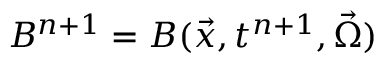
B ^ { n + 1 } = B ( \vec { x } , t ^ { n + 1 } , \vec { \Omega } )